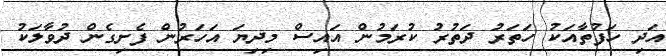
އަދި ހަފުތާއަކު ހަތަރު ދަތުރު ކުރަމުން އައިސް މިދިޔަ އަހަރުން ފެށިގެން ދުވާލަކު